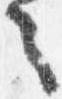
之